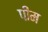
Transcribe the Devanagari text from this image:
पीम